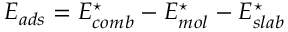
E _ { a d s } = E _ { c o m b } ^ { \star } - E _ { m o l } ^ { \star } - E _ { s l a b } ^ { \star }